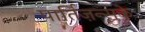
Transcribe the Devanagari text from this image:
पार्तिज़न्सके